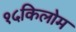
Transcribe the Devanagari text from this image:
१५किलोम